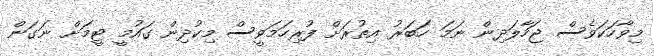
މިވާހަކަވެސް ޖަހާލަދިން ނަމަ ހަބަރު އިތުރަށް ފުރިހަމަވީސް މިކުދިން ގައުމީ ޓީމަށް ނަގަން